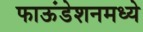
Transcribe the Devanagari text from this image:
फाऊंडेशनमध्ये